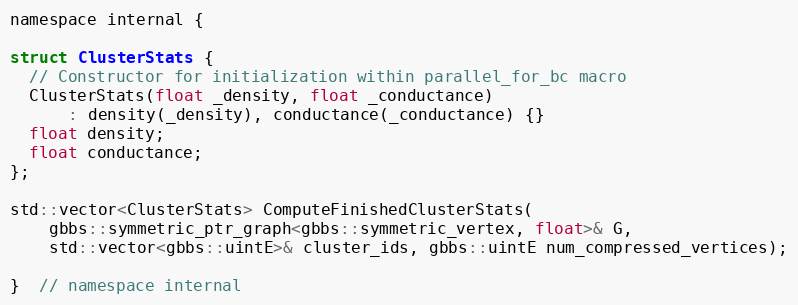
Language: C
namespace internal {

struct ClusterStats {
  // Constructor for initialization within parallel_for_bc macro
  ClusterStats(float _density, float _conductance)
      : density(_density), conductance(_conductance) {}
  float density;
  float conductance;
};

std::vector<ClusterStats> ComputeFinishedClusterStats(
    gbbs::symmetric_ptr_graph<gbbs::symmetric_vertex, float>& G,
    std::vector<gbbs::uintE>& cluster_ids, gbbs::uintE num_compressed_vertices);

}  // namespace internal